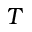
T